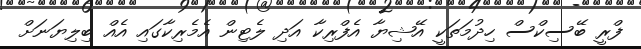
ފްރީ ބޭސިކްސް ހިދުމަތަކީ އޭޝިޔާ އެފްރިކާ އަދި ލެޓިން އެމެރިކާގައި އެއް ބިލިޔަނަށް